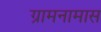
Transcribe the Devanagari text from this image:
ग्रामनामास